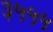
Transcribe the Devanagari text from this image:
३५५५